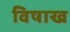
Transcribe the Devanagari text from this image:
विषाख